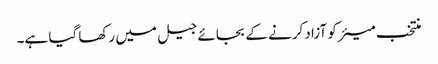
منتخب میئر کو آزاد کرنے کے بجائے جیل میں رکھا گیا ہے۔